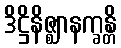
ဒိဋ္ဌိနိဇ္ဈာနက္ခန္တိ